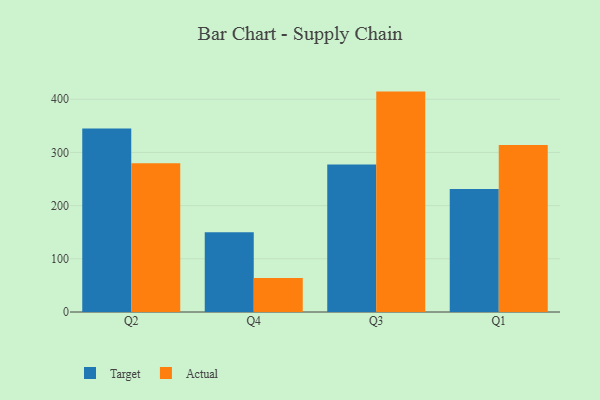
{"axis": {"x": "Quarter", "y": "Temperature (°C)"}, "legend": ["Actual", "Target"], "data": [{"x": "Q2", "y": 345.2, "type": "Target"}, {"x": "Q2", "y": 279.5, "type": "Actual"}, {"x": "Q4", "y": 149.9, "type": "Target"}, {"x": "Q4", "y": 64.0, "type": "Actual"}, {"x": "Q3", "y": 277.1, "type": "Target"}, {"x": "Q3", "y": 414.4, "type": "Actual"}, {"x": "Q1", "y": 231.4, "type": "Target"}, {"x": "Q1", "y": 313.9, "type": "Actual"}]}